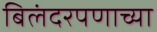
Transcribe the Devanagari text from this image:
बिलंदरपणाच्या